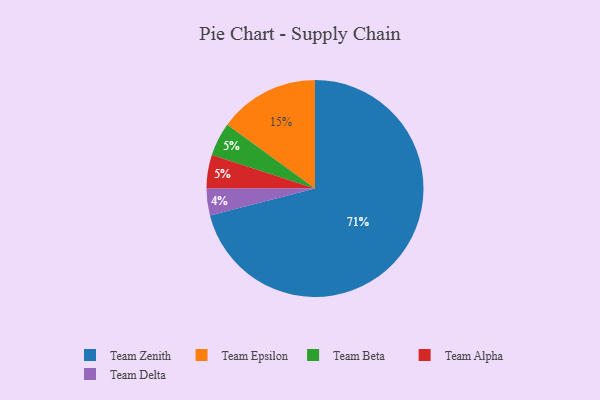
{"axis": {"x": "Category", "y": "Percentage"}, "legend": ["Team Alpha", "Team Beta", "Team Delta", "Team Epsilon", "Team Zenith"], "data": [{"x": "Team Beta", "y": 5, "type": "Team Beta"}, {"x": "Team Delta", "y": 4, "type": "Team Delta"}, {"x": "Team Alpha", "y": 5, "type": "Team Alpha"}, {"x": "Team Epsilon", "y": 15, "type": "Team Epsilon"}, {"x": "Team Zenith", "y": 71, "type": "Team Zenith"}]}